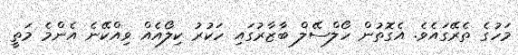
މަހުގެ ތެރޭގައެވެ. އެގޮތުން ހޯލްސޭލް ބާޒާރުގައި ހަކުރު ކިލޯއެއް ވިއްކޭނެ އެންމެ މަތީ